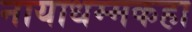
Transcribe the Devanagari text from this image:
नायाधम्मकहा